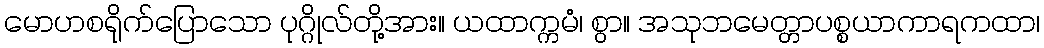
မောဟစရိုက်ပြောသော ပုဂ္ဂိုလ်တို့အား။ ယထာက္ကမံ၊ စွာ။ အသုဘမေတ္တာပစ္စယာကာရကထာ၊